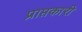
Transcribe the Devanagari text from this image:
प्राप्तकारी